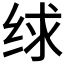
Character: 𰬗